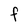
Character: F